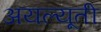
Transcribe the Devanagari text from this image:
अयल्यूती